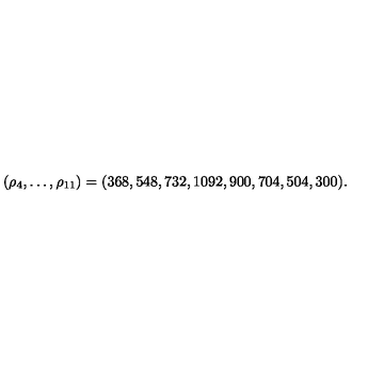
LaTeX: ( \rho _ { 4 } , \ldots , \rho _ { 1 1 } ) = ( 3 6 8 , 5 4 8 , 7 3 2 , 1 0 9 2 , 9 0 0 , 7 0 4 , 5 0 4 , 3 0 0 ) .